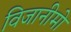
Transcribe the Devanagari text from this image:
विजानीमो